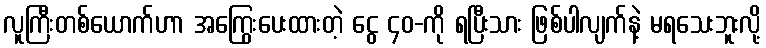
လူကြီးတစ်ယောက်ဟာ အကြွေးပေးထားတဲ့ ငွေ ၄၀-ကို ရပြီးသား ဖြစ်ပါလျက်နဲ့ မရသေးဘူးလို့